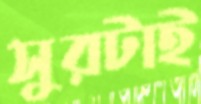
সুরটাই